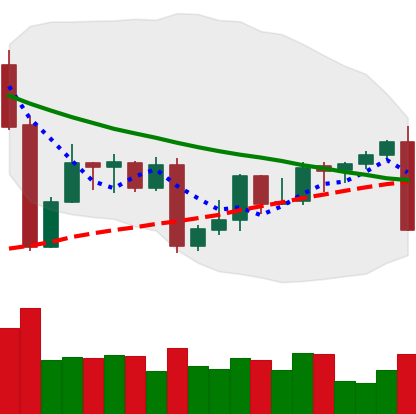
Ticker: XMR-USD
Chart end date: 2022-09-06
Forward return: 9.539%
Label: up_7plus